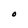
Character: O